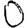
Digit: 0